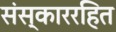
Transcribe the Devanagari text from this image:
संस्काररहित